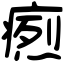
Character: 𤹐